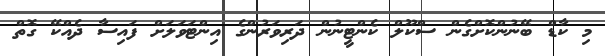
މި ކާޑް ބޭނުންކޮށްގެން ސްކޫލް ކެންޓީނުން ދަރިވަރުންގެ އިންޓަވަލަށް ފައިސާ ދެއްކޭ ގޮތް